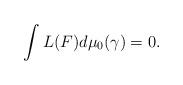
LaTeX: \begin{gather*}\int L(F)d\mu_0(\gamma)=0.\end{gather*}